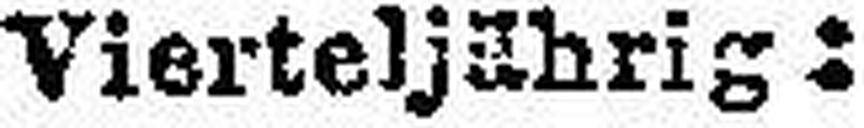
Vierteljährig: